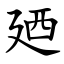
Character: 廼